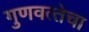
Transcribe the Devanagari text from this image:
गुणवत्‍तेचा